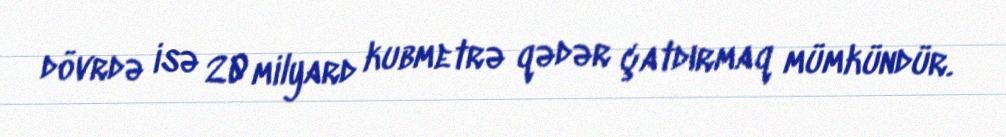
dövrdə isə 20 milyard kubmetrə qədər çatdırmaq mümkündür.